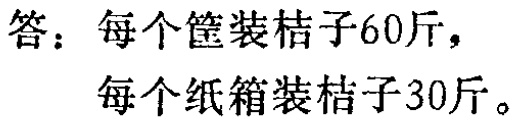
答：每个筐装桔子60斤，
每个纸箱装桔子30斤。